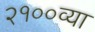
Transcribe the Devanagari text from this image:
२१००व्या